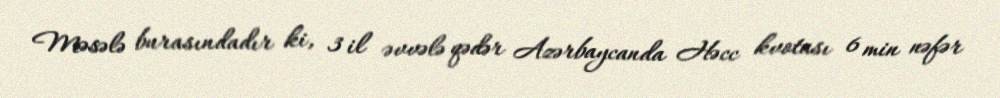
Məsələ burasındadır ki, 3 il əvvələ qədər Azərbaycanda Həcc kvotası 6 min nəfər